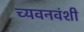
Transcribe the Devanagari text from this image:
च्यवनवंशी